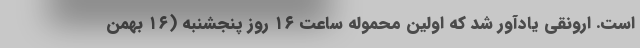
است. ارونقی یادآور شد که اولین محموله ساعت ۱۶ روز پنجشنبه (۱۶ بهمن